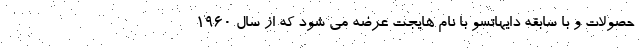
حصولات و با سابقه دایهاتسو با نام هایجت عرضه می شود که از سال 1960